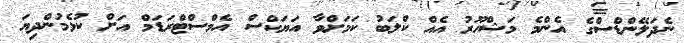
ނެދަލޭންޑްސްގެ އެންމެ މަޝްހޫރު އެއް ކްލަބު ކަމަށްވާ އަޔަކްސް އެމްސްޓްރަޑަމް އަށް ކުޅެމުންދިޔަ